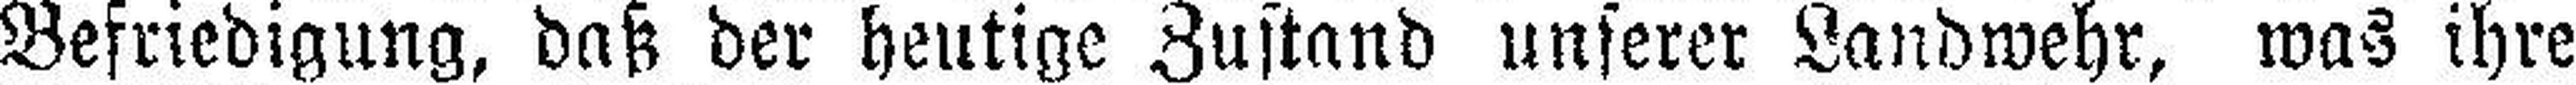
Befriedigung, daß der heutige Zustand unserer Landwehr, was ihre